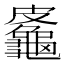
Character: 𪚷